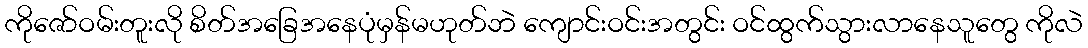
ကိုဇော်ဝမ်းတူးလို စိတ်အခြေအနေပုံမှန်မဟုတ်ဘဲ ကျောင်းဝင်းအတွင်း ဝင်ထွက်သွားလာနေသူတွေ ကိုလဲ